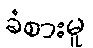
ခံစားမှု